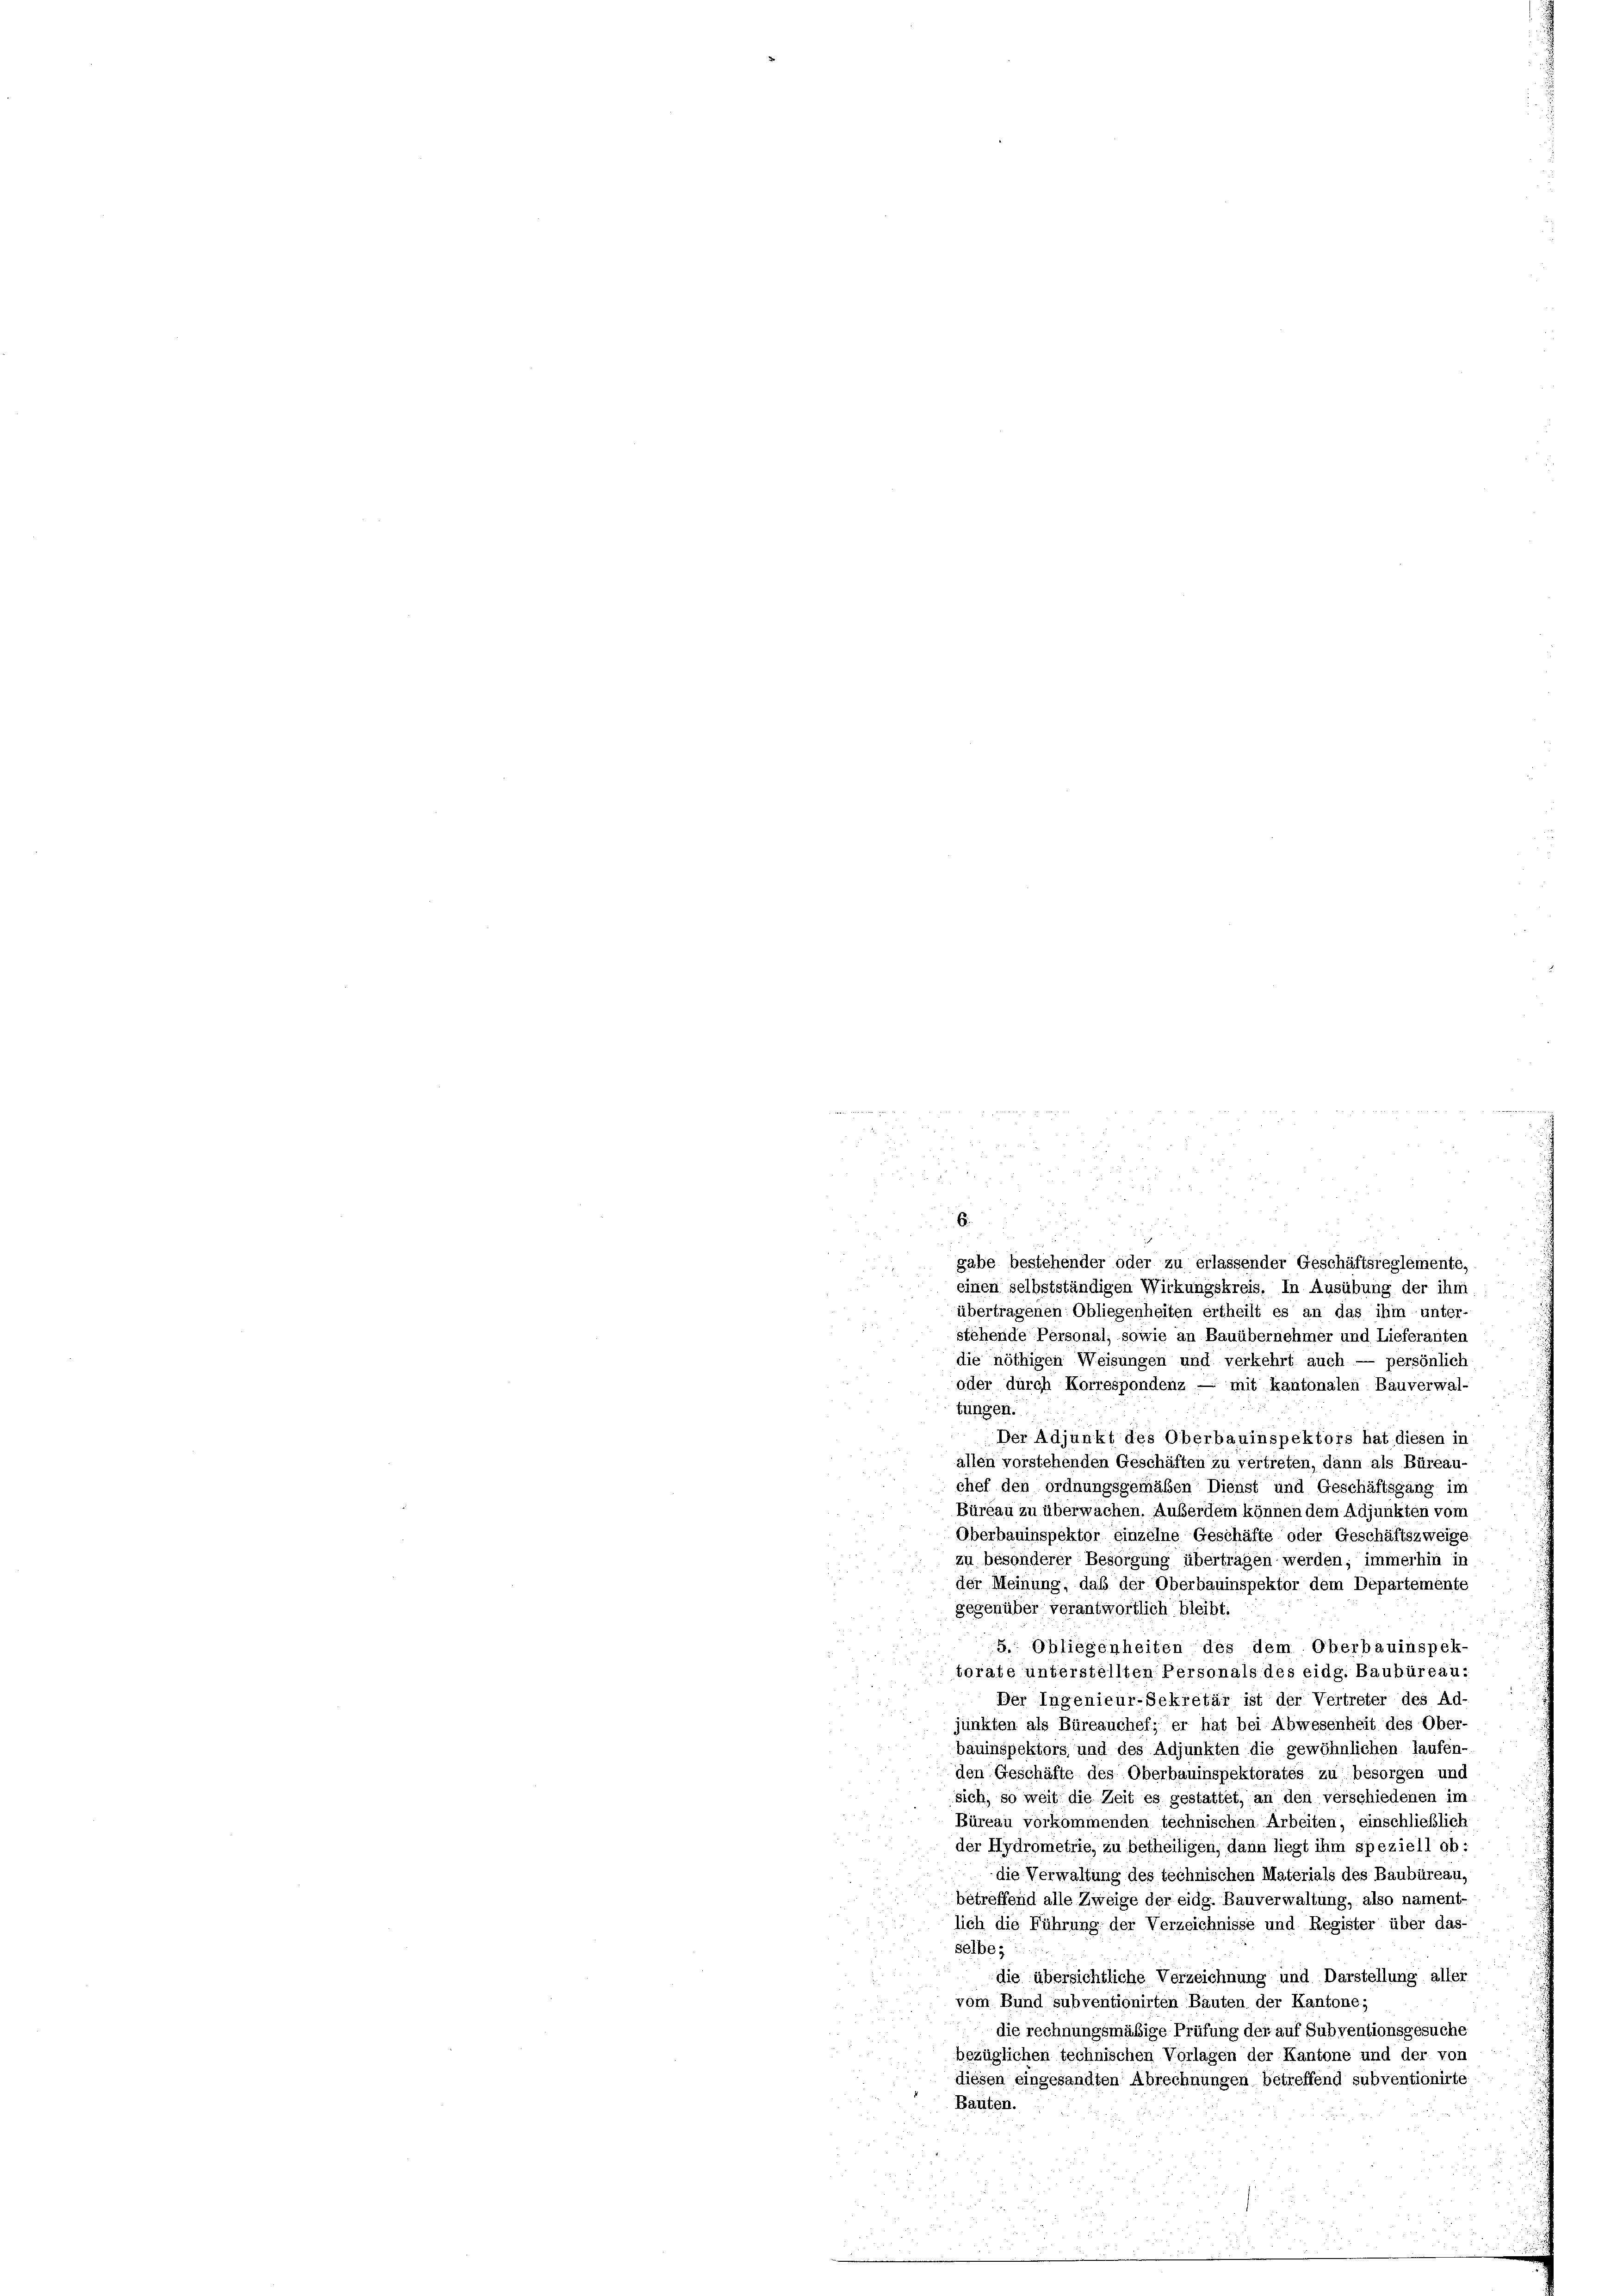
der de
i

u 25
i
u
u
i
d
6.
i
gabe bestehender oder zu erlassender Geschäftsreglemente,

einen selbstständigen Wirkungskreis. In Ausübung der ihm
übertragenen Obliegenheiten ertheilt es an das ihm unter-
stehende Personal, sowie an Bauübernehmer und Lieferanten
die nöthigen Weisungen und verkehrt auch — persönlich
oder durch Korrespondenz — mit kantonalen Bauverwal-
tungen.
Der Adjunkt des Oberbauinspektors hat diesen in
allen vorstehenden Geschäften zu vertreten, dann als Büreau-
chef den ordnungsgemäßen Dienst und Geschäftsgang im
Büreau zu überwachen. Außerdem können dem Adjunkten vom
Oberbauinspektor einzelne Geschäfte oder Geschäftszweige.
zu besonderer Besorgung übertragen werden; immerhin in
der Meinung, daß der Oberbauinspektor dem Departemente
gegenüber verantwortlich bleibt.
5.: Obliegenheiten des dem Oberbauinspek-
toräte unterstellten Personals des eidg. Baubüreau.
Der Ingenieur-Sekretär ist der Vertreter des Ad
junkten als Büreauchef; er hat bei Abwesenheit des Ober-
bauinspektors und des Adjunkten die gewöhnlichen laufen-
den Geschäfte des Oberbauinspektorates zu besorgen und
sich, so weit die Zeit es gestattet, an den verschiedenen im
Büreau vorkommenden technischen Arbeiten, einschließlich
der Hydrometrie, zu betheiligen, dann liegt ihm speziell ob:
die Verwaltung des technischen Materials des Baubüreau,
betreffend alle Zweige der eidg. Bauverwaltung, also nament-
lich die Führung der Verzeichnisse und Register über das-
selbe
u
die übersichtliche Verzeichnung und Darstellung aller
vom Bund subventionirten Bauten der Kantone;
die rechnungsmäßige Prüfung der auf Subventionsgesuche
bezüglichen technischen Vorlagen der Kantone und der von
diesen eingesandten Abrechnungen betreffend subventionirte
Bauten.

u der